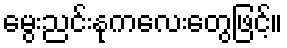
မွေးညင်းနုကလေးတွေဖြင့်။